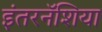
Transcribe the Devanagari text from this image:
इंतरनॅशिया